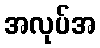
အလုပ်အ